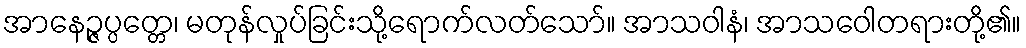
အာနေဉ္ဇပ္ပတ္တေ၊ မတုန်လှုပ်ခြင်းသို့ရောက်လတ်သော်။ အာသဝါနံ၊ အာသဝေါတရားတို့၏။